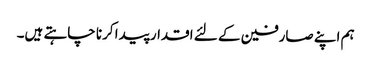
ہم اپنے صارفین کے لئے اقدار پیدا کرنا چاہتے ہیں۔